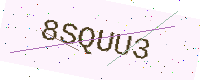
Text: 8SQUU3